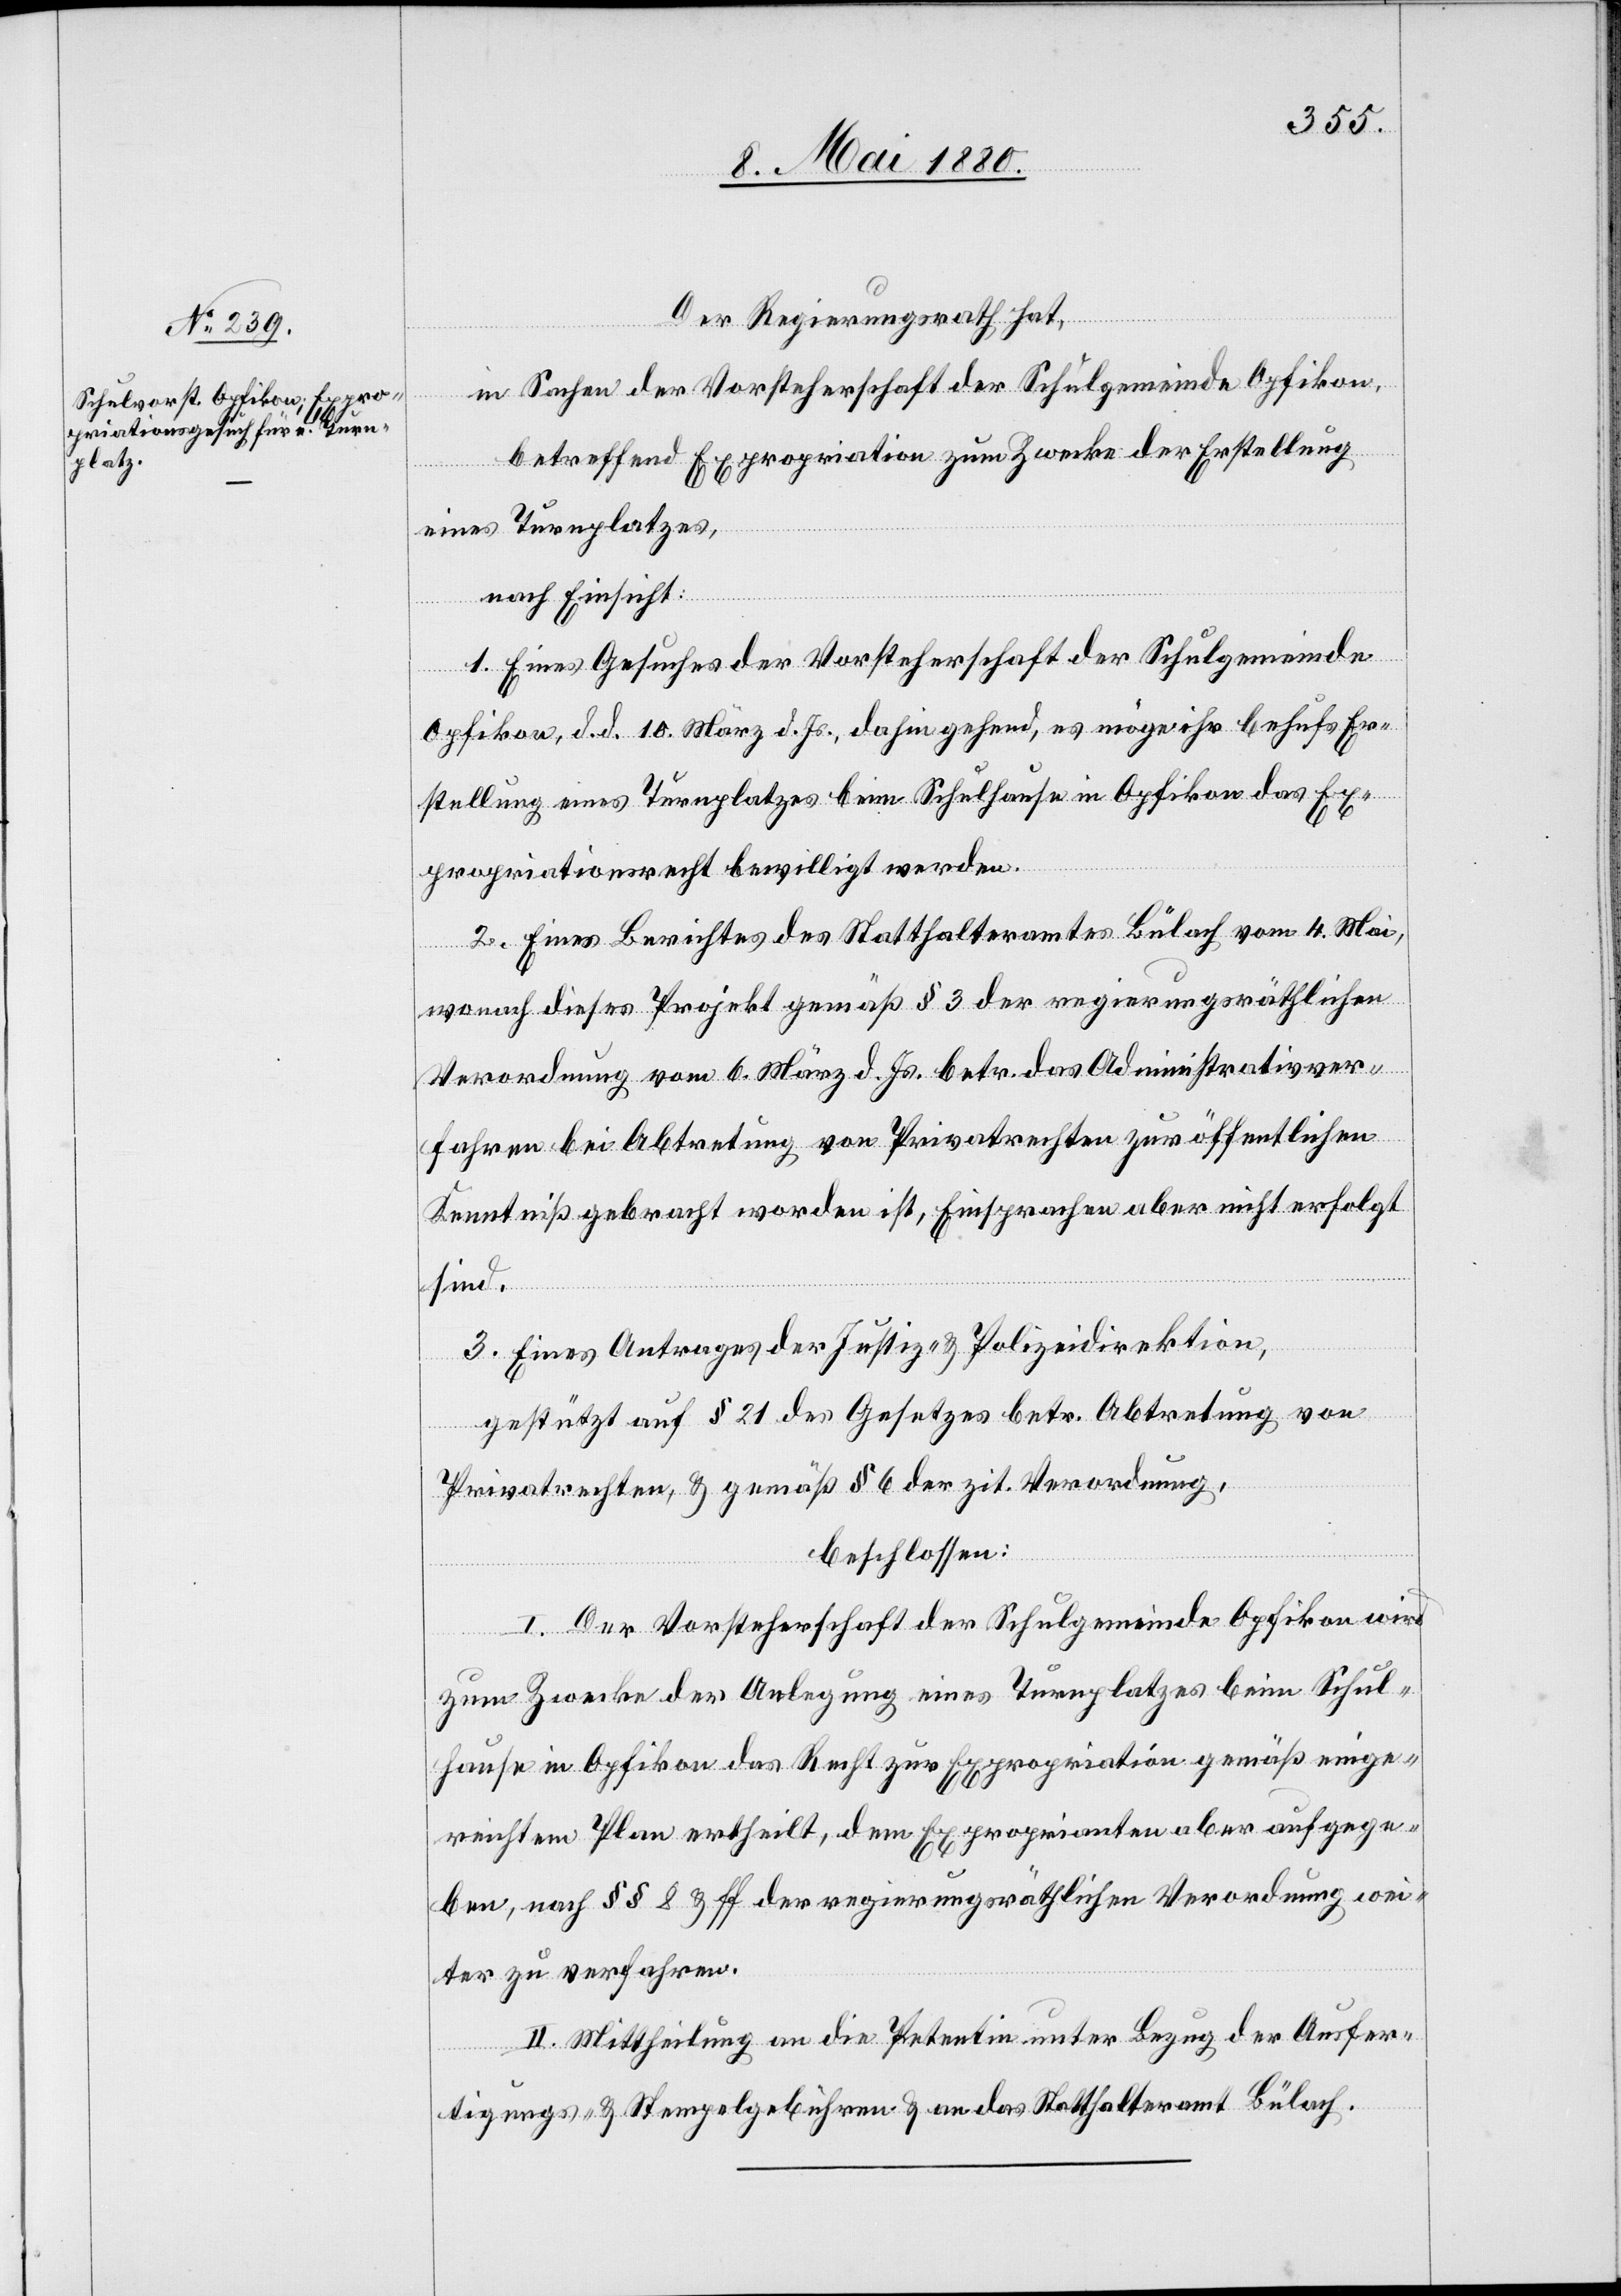
Der Regierungsrath hat,
in Sachen der Vorsteherschaft der Schulgemeinde Opfikon,
betreffend Expropriation zum Zwecke der Erstellung
eines Turnplatzes,
nach Einsicht:
1. Eines Gesuches der Vorsteherschaft der Schulgemeinde
Opfikon, d. d. 10. März d. Js., dahin gehend, es möge ihr behufs Er¬
stellung eines Turnplatzes beim Schulhause in Opfikon das Ex¬
propriationsrecht bewilligt werden.
2. Eines Berichtes des Statthalteramtes Bülach vom 4. Mai,
wonach dieses Projekt gemäß § 3 der regierungsräthlichen
Verordnung vom 6. März d. Js. betr. das Administrativver¬
fahren bei Abtretung von Privatrechten zur öffentlichen
Kenntniß gebracht worden ist, Einsprachen aber nicht erfolgt
sind.
3. Eines Antrages der Justiz- & Polizeidirektion,
gestützt auf § 21 des Gesetzes betr. Abtretung von
Privatrechten, & gemäß § 6 der zit. Verordnung,
beschlossen:
l. Der Vorsteherschaft der Schulgemeinde Opfikon wird
zum Zwecke der Anlegung eines Turnplatzes beim Schul¬
hause in Opfikon das Recht zur Expropriation gemäß einge¬
reichtem Plan ertheilt, dem Expropriaten aber aufgege¬
ben, nach §§ 8 & ff. der regierungsräthlichen Verordnung wei¬
ter zu verfahren.
II. Mittheilung an die Petentin unter Bezug der Ausfer¬
tigungs- & Stempelgebühren & an das Statthalteramt Bülach.